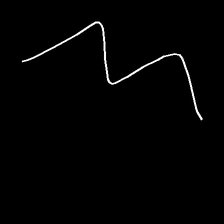
Glyph: crush